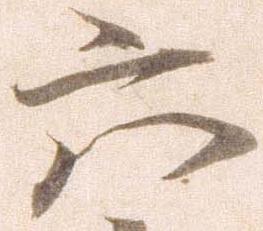
六